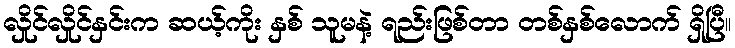
လှိုင်လှိုင်နှင်းက ဆယ့်ကိုး နှစ် သူမနဲ့ ရည်းဖြစ်တာ တစ်နှစ်လောက် ရှိပြီ။